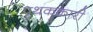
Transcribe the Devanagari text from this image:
पृथककारी